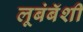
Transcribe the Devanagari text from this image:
लूबंबॅशी